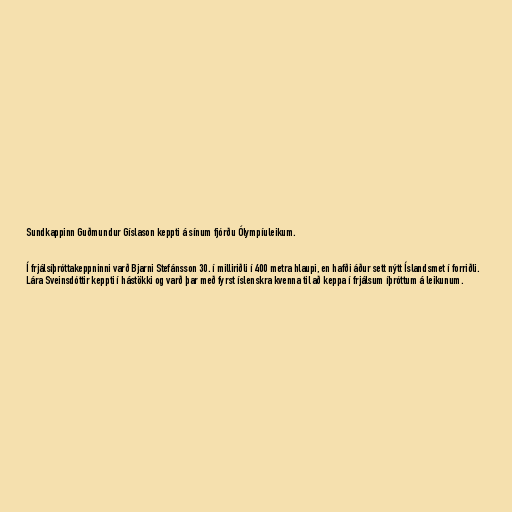
Sundkappinn Guðmundur Gíslason keppti á sínum fjórðu Ólympíuleikum.

Í frjálsíþróttakeppninni varð Bjarni Stefánsson 30. í milliriðli í 400 metra hlaupi, en hafði áður sett nýtt Íslandsmet í forriðli.
Lára Sveinsdóttir keppti í hástökki og varð þar með fyrst íslenskra kvenna til að keppa í frjálsum íþróttum á leikunum.